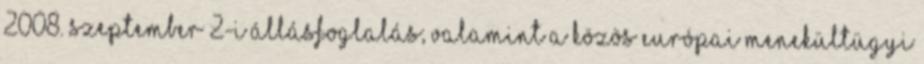
2008. szeptember 2-i állásfoglalás; valamint a közös európai menekültügyi